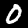
Label: 0